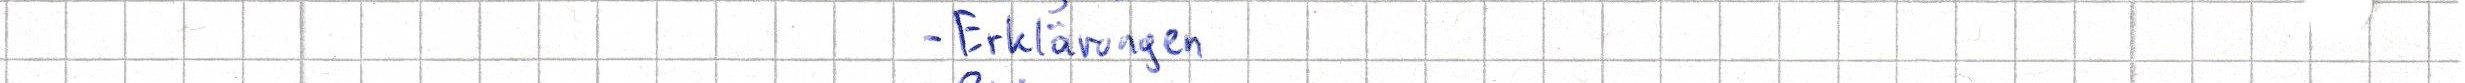
- Erklärungen